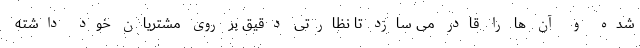
شده و آن ها را قادر می سازد تا نظارتی دقیق بر روی مشتریان خود داشته